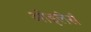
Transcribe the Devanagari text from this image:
ओइलेर्स